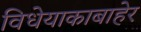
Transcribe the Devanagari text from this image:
विधेयाकाबाहेर